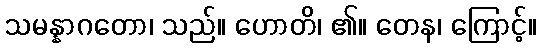
သမန္နာဂတော၊ သည်။ ဟောတိ၊ ၏။ တေန၊ ကြောင့်။